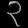
Digit: ၃